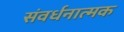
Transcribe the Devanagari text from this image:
संवर्धनात्‍मक